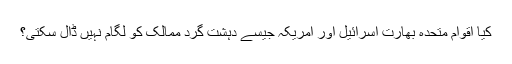
کیا اقوام متحدہ بھارت اسرائیل اور امریکہ جیسے دہشت گرد ممالک کو لگام نہیں ڈال سکتی؟